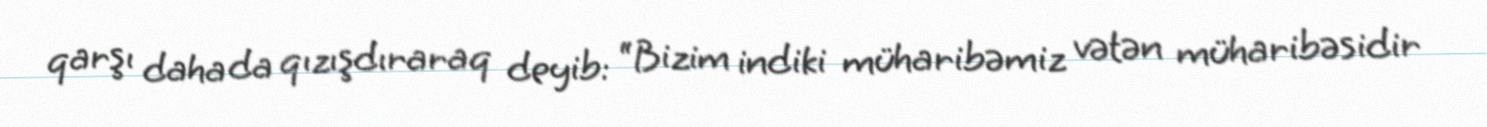
qarşı daha da qızışdıraraq deyib: “Bizim indiki müharibəmiz vətən müharibəsidir